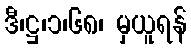
ဒီ၊ဋ္ဌ၊၁၊၆၈၊ မှယူရန်